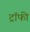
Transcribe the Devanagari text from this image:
ट्राॅफी